Annual vaccination report of Bihar and Orissa - 1911-1928
Year: 1911
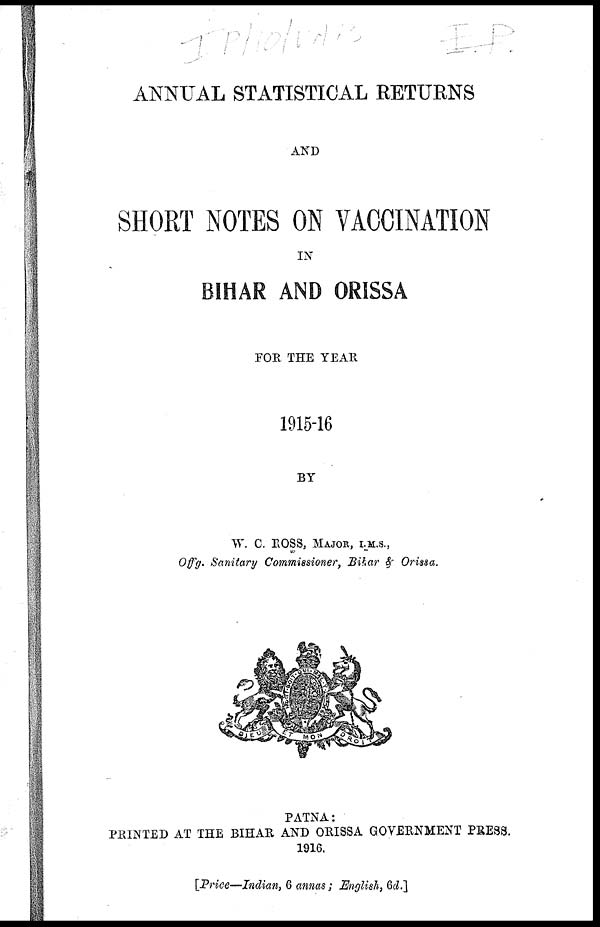
ANNUAL STATISTICAL RETURNS
AND
SHORT NOTES ON VACCINATION
IN
BIHAR AND ORISSA
FOR THE YEAR
1915-16
BY
W. C. ROSS, MAJOR, I.M.S.,
Offg. Sanitary Commissioner, Bihar & Orissa.
PATNA:
PRINTED AT THE BIHAR AND ORISSA GOVERNMENT PRESS.
1916.
[Price—Indian, 6 annas; English, 6d.]